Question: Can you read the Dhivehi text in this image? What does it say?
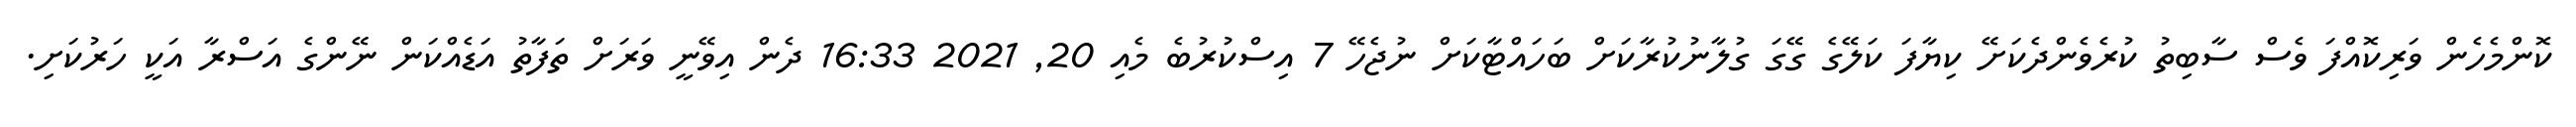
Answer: ކޮންމެހެން ވަރިކޮއްފަ ވެސް ސާބިތު ކުރެވެންދެކަށޭ ކިޔާފަ ކަލޭގެ ގޭގަ ގުލާނުކުރާކަށް ބަހައްޓާކަށް ނުޖެހޭ 7 އިސްކުރުބެ މެއި 20, 2021 16:33 ދެން އިވޭނީ ވަރަށް ތަފާތު އަޑެއްކަން ނޭންގެ އަސްރާ އަކީ ހަރުކަށި.